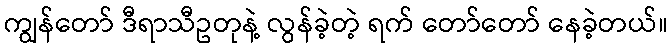
ကျွန်တော် ဒီရာသီဥတုနဲ့ လွန်ခဲ့တဲ့ ရက် တော်တော် နေခဲ့တယ်။